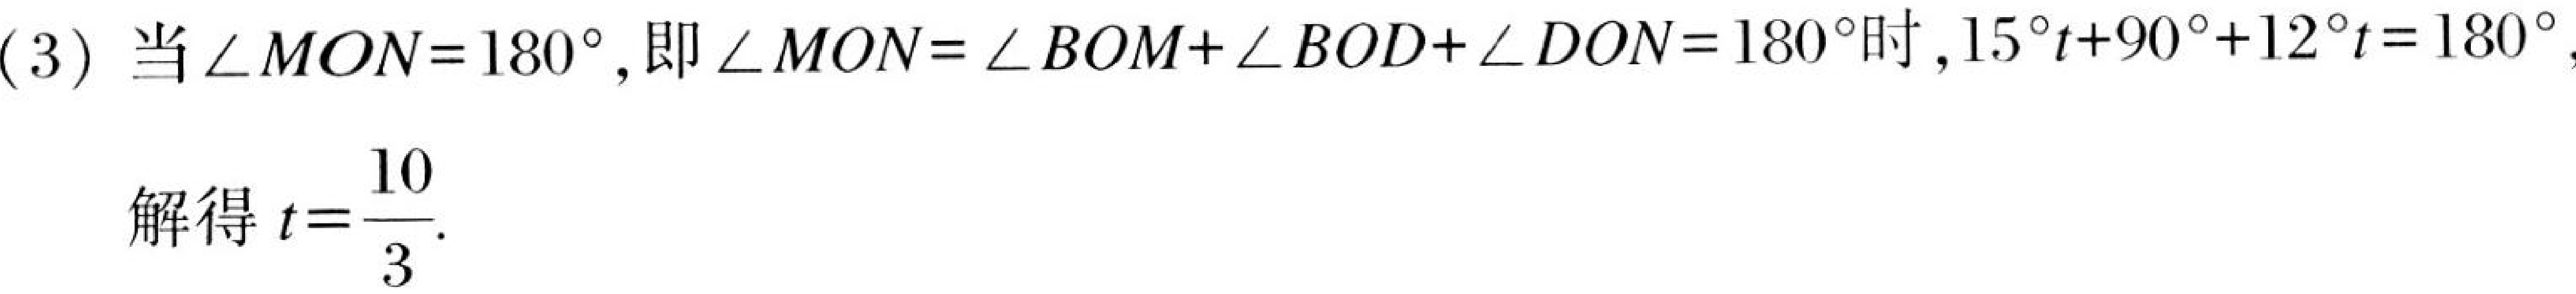
(3) 当\(\angle MON = 180^{\circ}\), 即\(\angle MON=\angle BOM+\angle BOD+\angle DON = 180^{\circ}\)时,\(15^{\circ}t + 90^{\circ}+12^{\circ}t=180^{\circ}\)
解得\(t = \frac{10}{3}\).